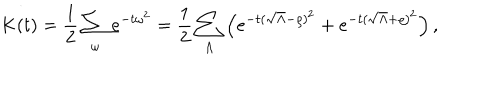
LaTeX: K ( t ) = \frac 1 2 \sum _ { \omega } e ^ { - t \omega ^ { 2 } } = \frac 1 2 \sum _ { \Lambda } \left( e ^ { - t ( \sqrt { \Lambda } - \varrho ) ^ { 2 } } + e ^ { - t ( \sqrt { \Lambda } + \varrho ) ^ { 2 } } \right) ,